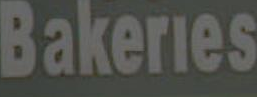
Bakeries